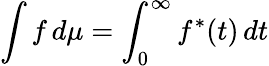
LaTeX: \int f\, d\mu=\int_{0}^{\infty}f^{*}(t)\, dt